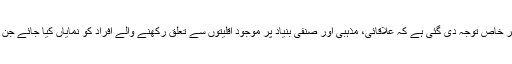
تنوع اس ترانے کا بنیادی جزو ہے، لہٰذا اس بات پر خاص توجہ دی گئی ہے کہ علاقائی، مذہبی اور صنفی بنیاد پر موجود اقلیتوں سے تعلق رکھنے والے افراد کو نمایاں کیا جائے جن میں عیسائی، ہندو، سکھ اور خواجہ سرا شامل ہیں۔